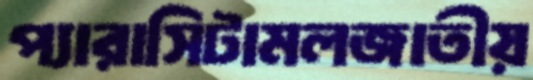
প্যারাসিটামলজাতীয়